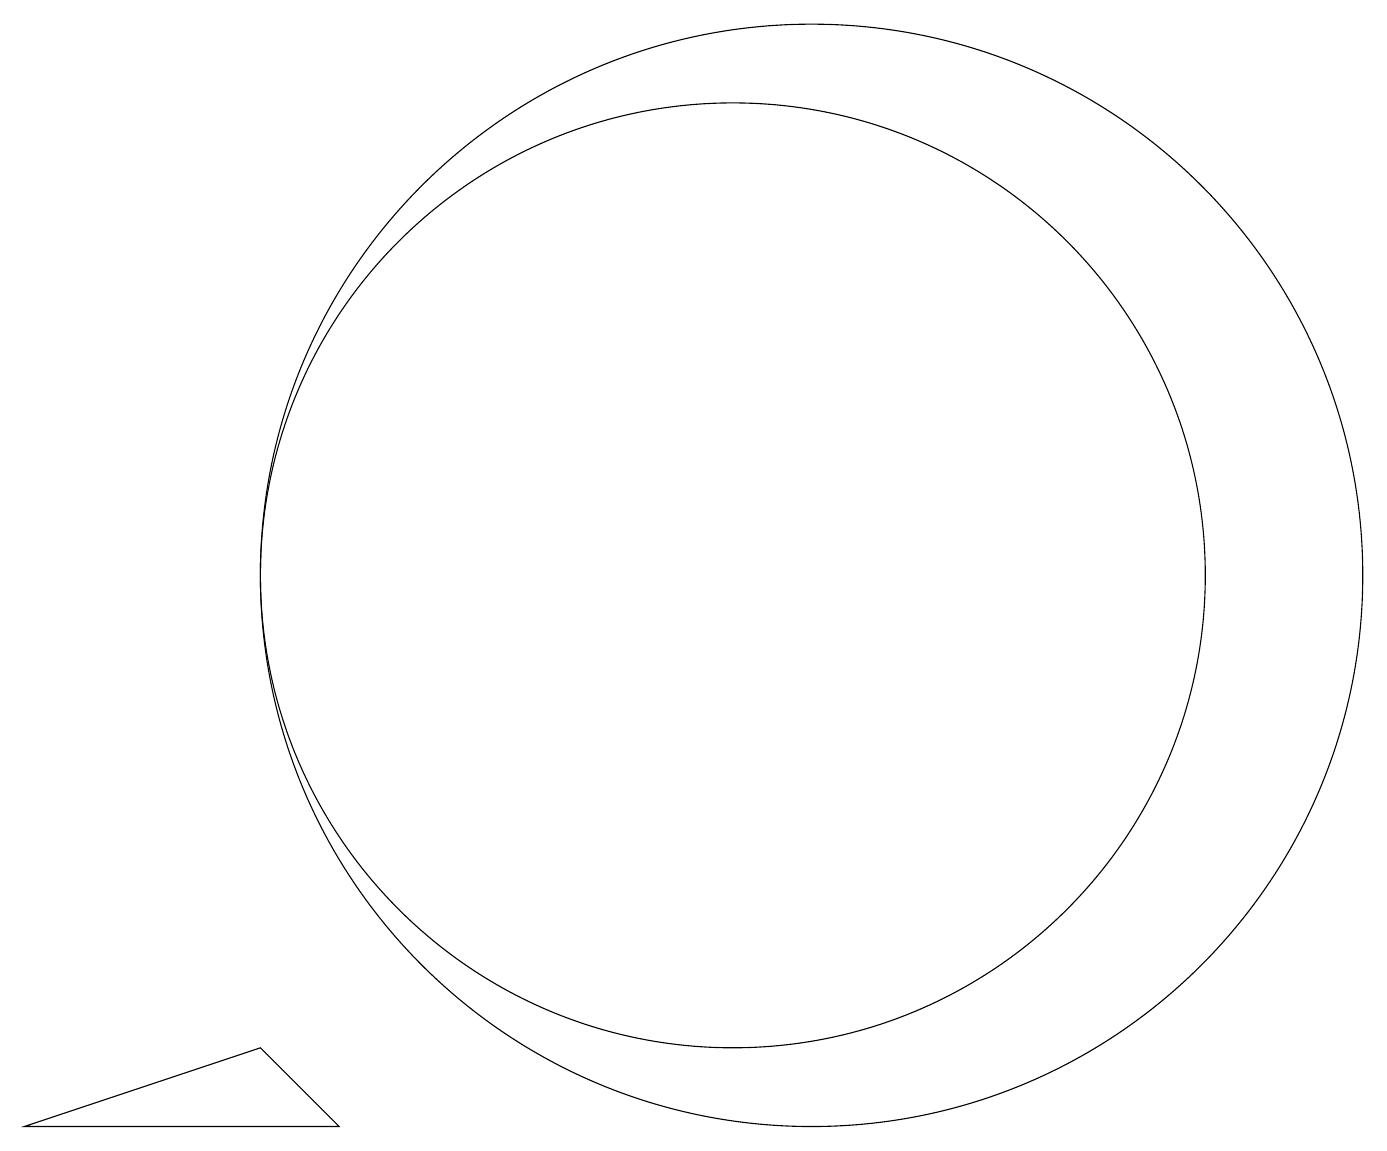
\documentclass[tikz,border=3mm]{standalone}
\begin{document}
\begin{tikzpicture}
\draw (11,10) circle (7);
\draw (10,10) circle (6);
\draw (1,3) -- (5,3) -- (4,4) -- cycle;
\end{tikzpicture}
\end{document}